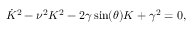
\dot { K } ^ { 2 } - \nu ^ { 2 } K ^ { 2 } - 2 \gamma \sin ( \theta ) K + \gamma ^ { 2 } = 0 ,